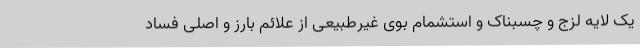
یک لایه لزج و چسبناک و استشمام بوی غیرطبیعی از علائم بارز و اصلی فساد